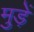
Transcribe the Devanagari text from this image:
मुड़ें